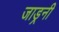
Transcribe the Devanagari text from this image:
जाड्रनी